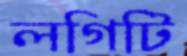
লগিটি